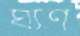
ঘ্যণ